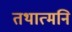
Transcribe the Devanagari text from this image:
तथात्मनि